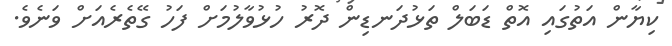
ކިޔާން އަތުގައި އޮތް ޑަބަލް ތަޅުދަނޑިން ދޮރު ހުޅުވާލުމަށް ފަހު ގޭތެރެއަށް ވަނެވެ.